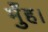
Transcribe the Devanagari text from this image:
मुँह।